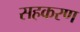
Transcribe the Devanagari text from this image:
सहकरण